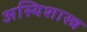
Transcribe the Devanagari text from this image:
अस्थिशास्त्र